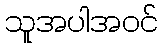
သူအပါအဝင်